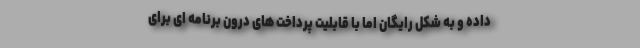
داده و به شکل رایگان اما با قابلیت پرداخت های درون برنامه ای برای